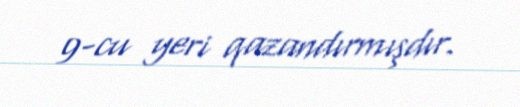
9-cu yeri qazandırmışdır.